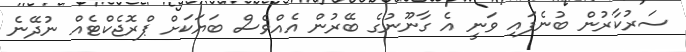
ސަރުކާރުން ބުނެފައި ވަނީ އެ ގާނޫނުގެ ބޭރުން އެއްވެސް ބަޔަކަށް ޕްރޮޖެކްޓެއް ނުދޭނެ